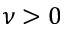
\nu > 0